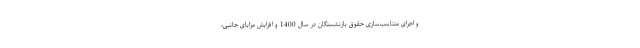
و اجرای متناسب‌سازی حقوق بازنشستگان در سال 1400 و افزایش مزایای جانبی،